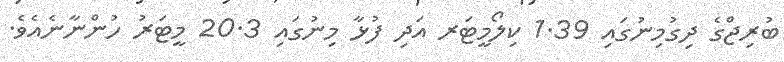
ބުރިޖްގެ ދިގުމިނުގައި 1.39 ކިލޯމީޓަރ އަދި ފުޅާ މިނުގައި 20.3 މީޓަރު ހުންނާނެއެވެ.